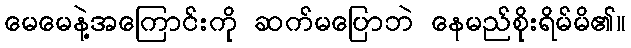
မေမေနဲ့အကြောင်းကို ဆက်မပြောဘဲ နေမည်စိုးရိမ်မိ၏။